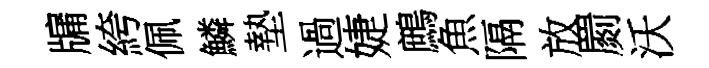
牖絝佩鱗墊過婕鷓魚隔放罽沃